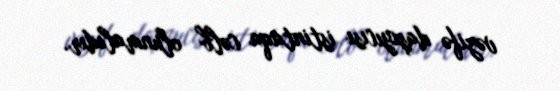
vəzifə daşıyıcısı istintaqa cəlb olunmalıdır.